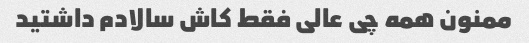
ممنون همه چی عالی فقط کاش سالادم داشتید